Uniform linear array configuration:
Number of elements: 12
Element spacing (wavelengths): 0.75
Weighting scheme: binomial
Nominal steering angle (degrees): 60
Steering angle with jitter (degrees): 61.401
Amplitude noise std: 0.05
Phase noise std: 0.05

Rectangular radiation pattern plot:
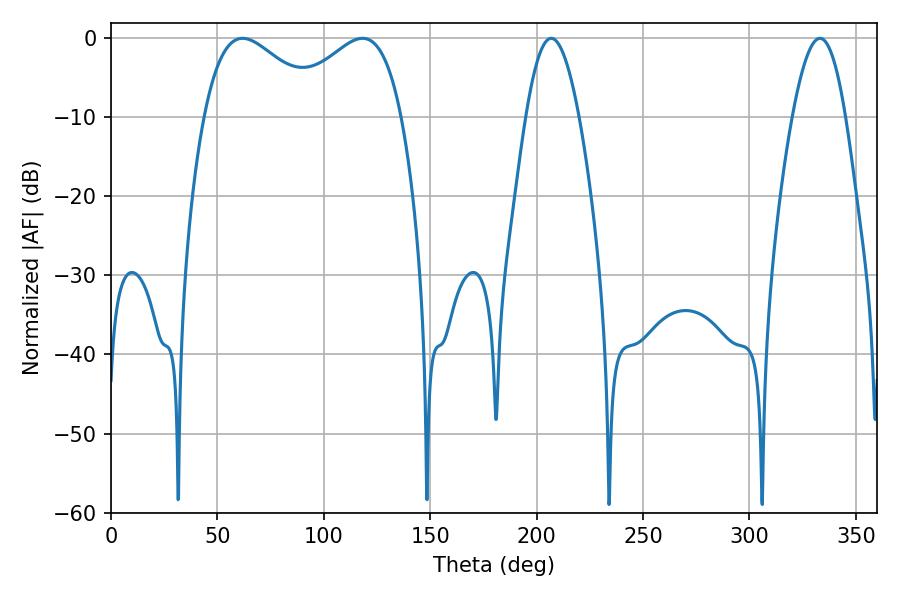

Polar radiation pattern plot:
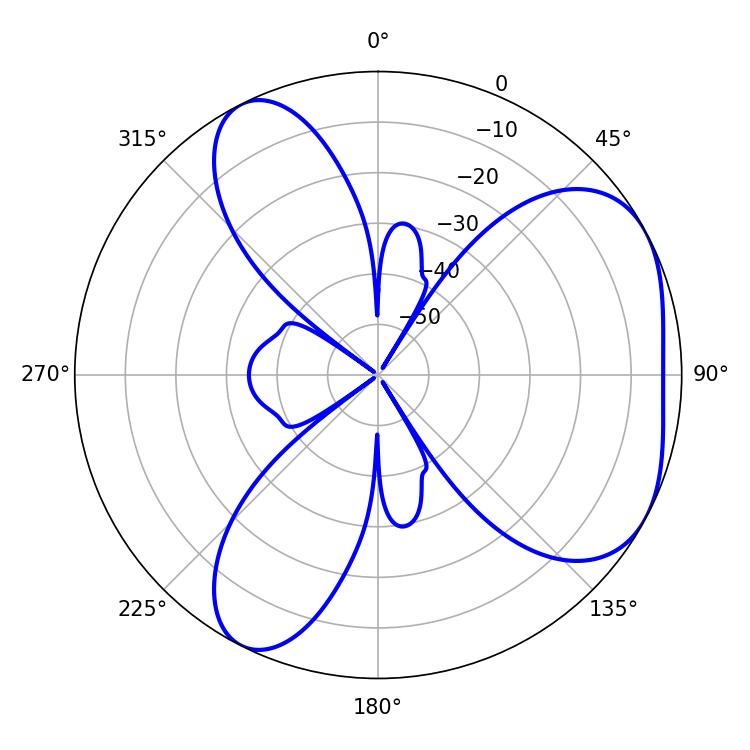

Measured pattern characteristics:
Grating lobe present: TRUE
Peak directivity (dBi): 4.493
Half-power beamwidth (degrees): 30.42
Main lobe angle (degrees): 61.74